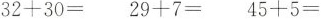
$$3 2 + 3 0 = $$ $$2 9 + 7 =$$ $$4 5 + 5 =$$